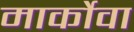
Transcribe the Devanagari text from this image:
मार्कोवा